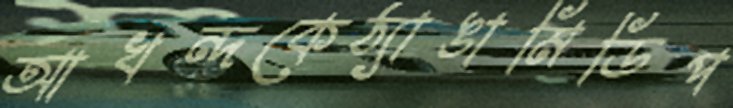
আখন্দকেঠ্যাঙামিডিপ